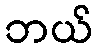
ဘယ်